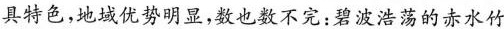
具特色，地域优势明显，数也数不完：碧波浩荡的赤水竹